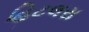
હિટલરા